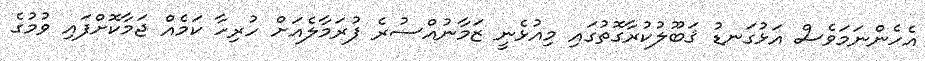
އެހެންނަމަވެސް އަޅުގަނޑު ޤަބޫލުކުރާގޮތުގައި މިއުޅެނީ ޒަމާނުއްސުރެ ފުރަމާލެއަށް ހުރިހާ ކަމެއް ޖަމާކޮށްފައި ވުމުގެ